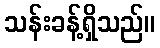
သန်းခန့်ရှိသည်။